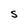
Character: S